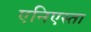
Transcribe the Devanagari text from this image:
एनिएस्ता